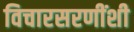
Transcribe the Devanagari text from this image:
विचारसरणींशी